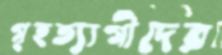
গৃহত্যাগীদের